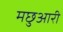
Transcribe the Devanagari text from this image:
मछुआरी